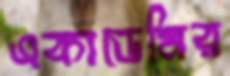
একাডেমির